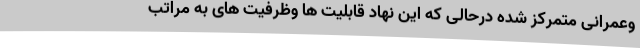
وعمرانی متمرکز شده درحالی که این نهاد قابلیت ها وظرفیت های به مراتب